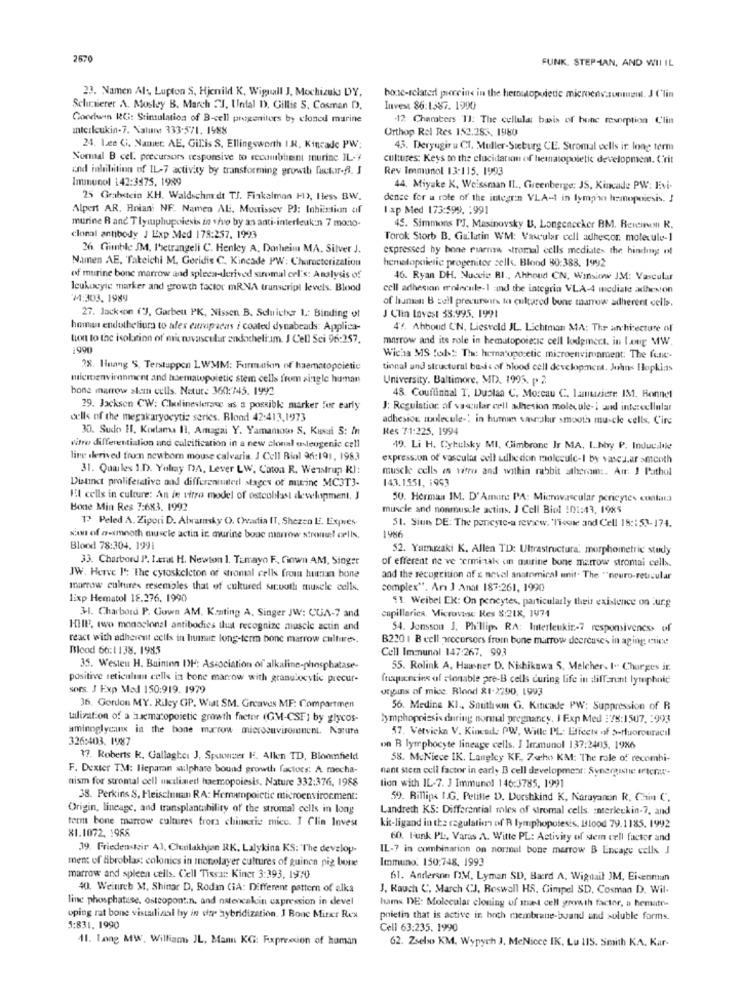
2670
FUNK. STEPHAN, AND WII IL
23. Namen Al :, Lupton S, Hjcnild K, Wiguall J. Mochizuki DY,
bone-relatert porcins in the hersutopoietic microeds.unmint. J Clin
Schirvierer A. Mosley B. March 21, Untal D), Gillis S. Cosman D).
Invest 86:1587. 1990
Condurn RG: Stimulation of B-cell progenitors by closed marine
-12 Charters TJ: The cellular basis of bone resorption Clin
Interleukin-7. Value 333-571. 1988
Orthop Rel Res 152.285. 1980
24. Lee Ci. Naniet. AE. Gilis S, Ellingsworth I.N. Kincade PW;
43. Deryugir u CT. Muller-Sieburg CE. Stromal cells ir long term
Normal B cel. precursors responsive to recumbent murine IL-7
cultures: Keys to the elucidation of hematopoietic development. Crit
und inhibition of IL-7 activity by transforming growth factor-f. J
Rev Immunol 13:115. 1993
Immunol 142:3375, 1989
44. Miyake K, Weissman II ., Greenberge: JS, Kincade PW: Evi-
25 Grabstein KH. Waldschmidt TJ. Fiakalman FI3, Hess BW.
dence for a role of the integrin VLA-1 in lympho hemopoiesis. J
Alpert A.R. Rniani NF. Namen AL. Mouissov PJ: Inhibition af
I.xp Med 173:599. : 991
murine R and Tlymphupolesis in sho by an anti-interleukin 7 mono-
45. Simmons PJ, Masinovsky U. Longenecker BM. Beieinem R.
clonal antibody J Exp Med 178:257. 1993
Torok Storb B. Gu'latin WM: Vascular cell adhesor. molecule-1
26. Gimble JM, I'setrangeli C. Henley A, Dasheim MA. Silver J.
expressed by bone mirnew stromal cells mediates the binding of
Namen AE. Takeichi M. Goridis C. Kincade PW: Characterization
hematopaielic progenitor cells. Blond 80:388. 1992
of murine bone marrow and spleen-derived stromal cel's: Analysis of
46. Ryan DH. Nuccie BI ., Ahhoud CN, Winslow JM: Vascular
leukocyte marker and growth factor mRNA transcript levels. Blood
cell adhesion molecule-1 and the integria VLA-4 mediale adhesion
14:303. 1989
of human B pell precuro to cultured bone marrow adherent cells.
27. Jackson ("J, Garbett PK, Nissen B. Schuicher L: Binding of
J Clin lavest 38.995. 1991
homan endotheliurs to alex europaeas i coated dynabeads: Applica-
4'f. Abboud C'N, Liesveld IL. Lichtman MA: The architecture of
tion to the isolation of microvascular endotheliam. J Cell Sci 96:257.
marrow and its role in hematopoiecsc cell lodgmert, in Lang MW.
Wicha MS fol": Th hematopoetic microenvironment. The fune-
38. Hnang S, Terstuppen LWMM: Formation of haematopcietie
tional and structural basis of blood cell development. Johns Hopkins
microenvironment and haemawpoietic stem cells from single human
University. Baltimore, MD. 1995. p. 2
bone marrow stem cells. Natur: 360:745. 1992
48. Couftinhal T, Dustaa C. Moreau C. lamuziere IM, Bonnet
29. Jackson CW: Cholinesierane us a possible marker For early
J: Regulation of vascular cell adhesion molecule-i and intercellular
dells of the megakaryocytis series. Blond 42-413,1973
adhesion molecule-' in human saphir smooth muscle cells. C'ire
30. Sudo H1. Kortama Il, Amagai Y. Yamamow S. Kusai S: In
Res 71:225, 1994
vitre differentiation and calcification in a new clonal asleogenic cell
49. Li H. Cytulsky MI, Gimbrone Ir MA, L.hby P. Inducatie
lin derived fromn newborn mouse calvaria. J Cell Biol 96:191, 198.3
expression of vascular cell adhesion moleculc-I by vases.ar smooth
31. Quarles 1.D. Yohay DIA, Lever LW, Coton R. Wensirup KJ:
muscle cells in vitro and within rabbit stheram :. Att. I Pathol
Distinct proliferative and differentiated stages of murine MC3T3-
143.1551, 1993
El cells in culture: An le vitro model of osteolast development, J
50. Herman IM. D'Amun: PA: Microvascular pericytes continuaa
Bone Min Res 7:683. 1992
muscle and nonmuscle actins. J Cell Biol :01:43, 1985
12 Peled A. Zipori D. Abramsky O). Cheadia IT, Shezen . Expres
51. Siun DE: The poneyic-a review. "Teste and Cell 18 :: 53-174.
siast of a-smooth muscle actin ic murine bone marrow stromal cells.
1 986
Blood 78:304. 1991
52. Yamazaki K. Allen TD: Ultrastructura, morphometric study
33. Charbord P. I.erat H. Newton 1. Temayo F ., Gown AM, Singer
of efferent ne ve terminak un murine bone marrow stromai cells.
JW. Herve I': The cytoskeleton of stromal cells from human bone
and the recognition of z nevel anatomical unit. The "neuro-reticular
marrow cultures resembles that of cukured sauoth muscle cells,
complex"". Arı ] Anat 187:261, 1990
lixp Hematol 18.276. 1990
11. Weibel EK: On pencytes, particularly their existence on ur.g
31. Charbord P. Gown AM. Kating A. Singer JW: CUA-7 and
cupillarica. Microvose Res 8:218, 1974
HIIE, two monoclonal antibodies that recognize muscle actin and
54. Jonsson J. Phillips RA: Interleukin-7 responsiveness of
react with adherent cells in humer long-term bone marrow culture ..
B220 1 B eell precursors from bone marrow deereuses in aging msiee
Blood 66:1138. 1985
Cell Immunol 147:267, 993
35. Westen H. Buininn I)H: Association of alkaline-phosphatase-
55. Rolink A, Haner D. Nichikawa S. Melcher, I- Charges ir.
positive reticula cells in bone marrow with granulocytic precur-
frequencies of stonable pre-B cells curing life in diffanant lymphnie
sors. J Exp Med 150:919. 1979
ungains of mice. Blond 81-2290, 1993
36. Gordon MY. Riley GP. Wiat SM. Greaves MF: Compartment
56. Medine KI ., Smithom G. Kincade PW: Suppression of R
talisation of a haematopoietic growth factor (GM-CSF] by glycos-
lymphopoiesis during normal pregnancy. I Exp Med :78:1507. : 993
aminoglycum in the bone marrow microsaviromenent. Nature
57. Vetvicka V. Kincall: PW, Wille PL: Effects of >-fluorouracil
326:403. 1987
on B lymphocyte lineage cells. I Immunol 137:2405. 1986
37. Roberts k, Gallagher J, Spuunser I. Allen TD, Bloomfield
58. McNiece IK. Langley KF ,, 7who KM: The role of recombi-
F. Dexter TM: Ileparan sulphare bound growth factors: A mecha-
nant stem cell factor in early B cell development: Synergishe ertera-
aism for stromal cell mediaed haemopoiesis, Nature 332:376, 1988
tion with IL-7. J Immunol 146:3785, 1991
38. Perkins S, Fleischum RA: Herumpoictic microenvironment:
59. Rillips IG. Petitle D. Durshkind K, Karayangın R. Chin C.
Origin, lineage, and transplantbility of the stromal cells in long
Landreth KS: Differential roles of stromal cells. Interleukin-7, and
term bone marrow cultures froma chimeric mice. I Clin Invest
81.1072, 1988
kit-ligand in the regulation of R lymphopotesis, Blood 79.1185. 1992
60. Funk PL, Varas A. Witte PL: Activity of stem cell factor and
39. Friedensteir 41, Chutilakhjan RK. Lalykina KS: "The develop-
IL-7 in combination on normal bone marrow B Encage cells J
ment of fibroblas: colonics in monolayer cultures of guinea pig bone
Immuno: 150:748. 1993
marrow and spleen cells. Cell Tissa :: Kinet 3:393, 1970
61. Anderson DM, Lyman SD, Bard A, Wigdail JM, Eisenman
40. Weinreb M, Shinar D, Rodan CiA: Different pattern of alka
J. Kauch C, March CJ, Reswell HS, Gimpel SD, Cosman D. Wil-
line phosphatase, osteopont.n. and natencakin expression in devel
hamns DE: Molecular cloning of mast cell growth factor, a hemato-
oping rat bone vistalizal by in der hybridization. I Bone Mirer Res
poietin that is active in both membrane-band and soluble forms.
3:831, 1990
Cell 63:235. 1990
11. Lang MW. Williams JL, Man KG: Fxproccion of human
62. Zsebo KM, Wypych J. MeNicce IK. Lu 115. Smith KA. Kar-